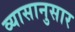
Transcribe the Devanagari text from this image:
व्यासानुसार